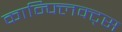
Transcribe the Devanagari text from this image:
कान्फ्लिक्ट्स